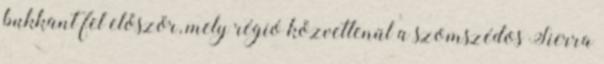
bukkant fel először, mely régió közvetlenül a szomszédos Sierra